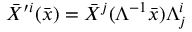
\bar { X } ^ { \prime i } ( \bar { x } ) = \bar { X } ^ { j } ( \Lambda ^ { - 1 } \bar { x } ) \Lambda _ { j } ^ { i }